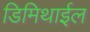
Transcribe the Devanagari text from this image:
डिमिथाईल